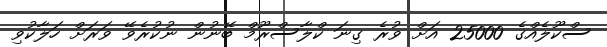
ސްކޫލެއްގެ 25000 އަށް ވުރެ ގިނަ ކްލާސްރޫމް ބޭނުން ނުކުރެވޭ ވަރަށް ހަލާކުވި